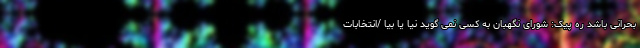
بحرانی باشد ره پیک: شورای نگهبان به کسی نمی گوید نیا یا بیا /انتخابات